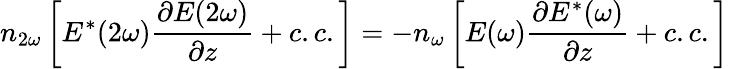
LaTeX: n_{2\omega}\left[E^{*}(2\omega){\frac{\partial E(2\omega)}{\partial z}}+c.c.\right]=-n_{\omega}\left[E(\omega){\frac{\partial E^{*}(\omega)}{\partial z}}+c.c.\right]